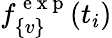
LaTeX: f_{\{ v\} }^{\mathrm{~e~x~p~}}(t_{i})